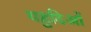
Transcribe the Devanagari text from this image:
यहुदिओं